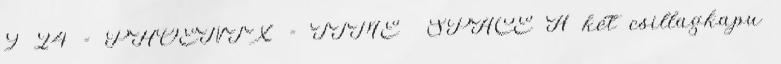
9 24 = PHOENIX = TIME SPACE A két csillagkapu